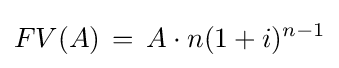
FV(A)\,=\,A\cdot n(1+i)^{n-1}